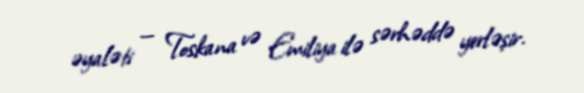
əyaləti — Toskana və Emiliya ilə sərhəddə yerləşir.